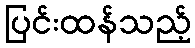
ပြင်းထန်သည့်